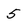
Character: 5